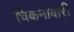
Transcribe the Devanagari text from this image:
चिकनाबारी